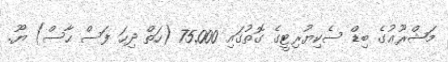
މަޝްރޫޢުގެ ބިޑް ސެކިޔުރިޓީގެ ގޮތުގައި 75